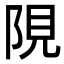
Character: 䧋